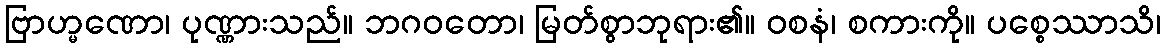
ဗြာဟ္မဏော၊ ပုဏ္ဏားသည်။ ဘဂဝတော၊ မြတ်စွာဘုရား၏။ ဝစနံ၊ စကားကို။ ပစ္စေဿာသိ၊